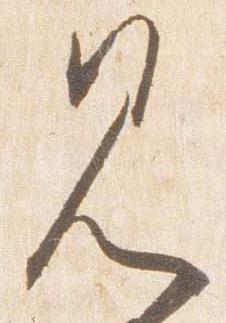
見